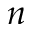
n